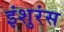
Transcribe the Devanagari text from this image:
इंशुरंस